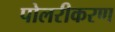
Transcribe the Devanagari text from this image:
पोलरीकरण